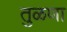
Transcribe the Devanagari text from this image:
तुळणा